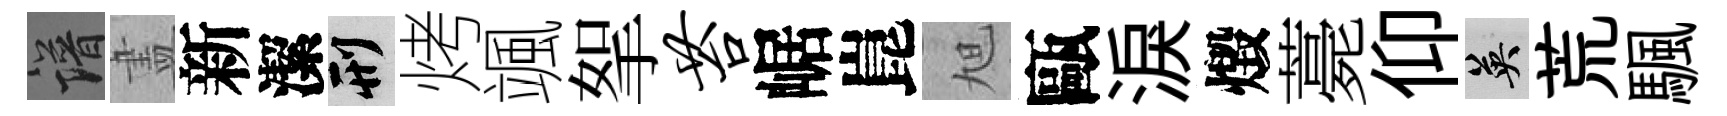
譜𥁞新潔刑烤颯挐苔崌崑旭甌淚燬薧仰英荒颿